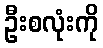
ဦးစလုံးကို